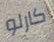
كارلو